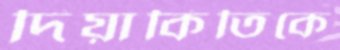
দিয়াকিতিকে